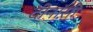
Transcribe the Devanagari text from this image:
दीनांसी